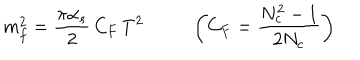
LaTeX: m _ { f } ^ { 2 } = \frac { \pi \alpha _ { s } } { 2 } \, C _ { F } \, T ^ { 2 } \left( C _ { F } = \frac { N _ { c } ^ { 2 } - 1 } { 2 N _ { c } } \right)